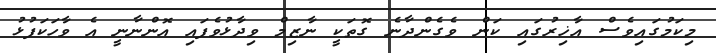
މިކަމުގައިވެސް އާޚިރުގައި ކަން ވެގެންދާނެ ގޮތަކީ ނާޒިމް ވިދާޅުވެފައި އޮންނާނީ އެ ވާހަކަފުޅު